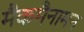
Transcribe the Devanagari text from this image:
मैकमैनामन